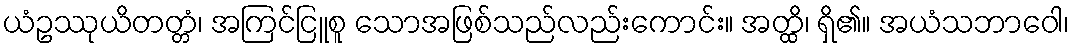
ယံဥဿုယိတတ္တံ၊ အကြင်ငြူစူ သောအဖြစ်သည်လည်းကောင်း။ အတ္ထိ၊ ရှိ၏။ အယံသဘာဝေါ၊